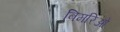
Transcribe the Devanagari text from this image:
बिमरिओ